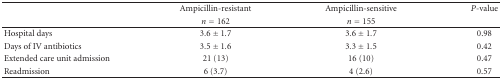
<table><thead><tr><td></td><td><b>Ampicillin-resistant</b></td><td><b>Ampicillin-sensitive</b></td><td><b><i>P</i>-value</b></td></tr><tr><td></td><td><b><i>n</i> = 162</b></td><td><b><i>n</i> = 155</b></td></tr></thead><tbody><tr><td>Hospital days</td><td>3.6 ± 1.7</td><td>3.6 ± 1.7</td><td>0.98</td></tr><tr><td>Days of IV antibiotics</td><td>3.5 ± 1.6</td><td>3.3 ± 1.5</td><td>0.42</td></tr><tr><td>Extended care unit admission</td><td>21 (13)</td><td>16 (10)</td><td>0.47</td></tr><tr><td>Readmission</td><td>6 (3.7)</td><td>4 (2.6)</td><td>0.57</td></tr></tbody></table>